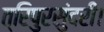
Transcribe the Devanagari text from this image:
त्रिपुरसुंदरी।